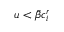
u < { \bar { \beta } } c _ { i } ^ { r }